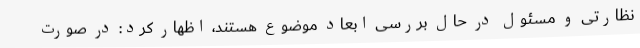
نظارتی و مسئول در حال بررسی ابعاد موضوع هستند، اظهار کرد: در صورت